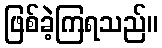
ဖြစ်ခဲ့ကြရသည်။